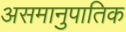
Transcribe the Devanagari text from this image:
असमानुपातिक